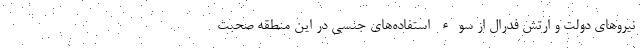
نیروهای دولت و ارتش فدرال از سوء استفاده‌های جنسی در این منطقه صحبت